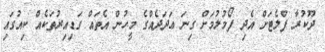
ދޫކުރާ ފްލެޓަށް އެދި ފޯމުލުމަށް ގިނަ ޢަދަދެއްގެ މީހުން އެތައް ގަޑިއިރުތަކެއް ކިއުގައި